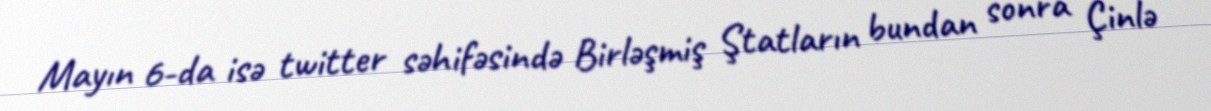
Mayın 6-da isə twitter səhifəsində Birləşmiş Ştatların bundan sonra Çinlə